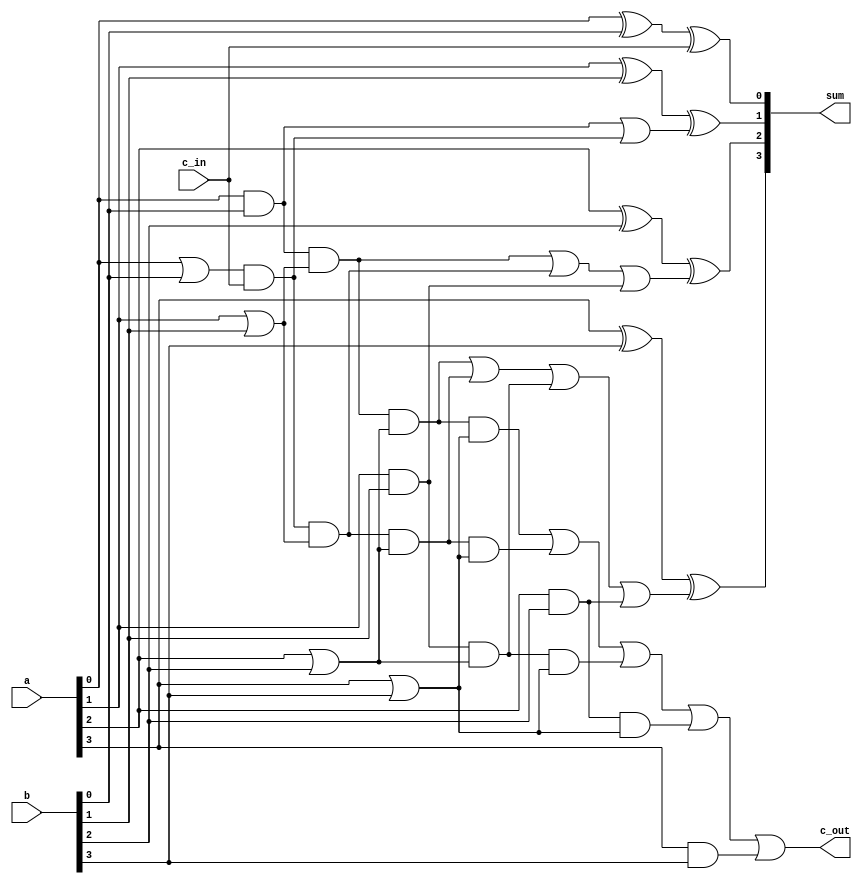
module carry_look_ahead_4bit(a,b,c_in,sum,c_out);
input [3:0] a,b;
input c_in;

output [3:0] sum;
output c_out;
//output g_out,p_out;

wire [3:0] g,p;
wire [2:0] c;

assign g[3:0] = {a[3]&b[3],a[2]&b[2],a[1]&b[1],a[0]&b[0]} ; 
assign p[3:0] = {a[3]|b[3],a[2]|b[2],a[1]|b[1],a[0]|b[0]} ;
assign c[0] = g[0] | (p[0]&c_in);
assign c[1] = (g[0]&p[1])|(p[0]&c_in&p[1])|g[1];
assign c[2] = (g[0]&p[1]&p[2])|(p[0]&c_in&p[1]&p[2])|(g[1]&p[2])|g[2];
assign c_out = (g[0]&p[1]&p[2]&p[3])|(p[0]&c_in&p[1]&p[2]&p[3])|(g[1]&p[2]&p[3])|(g[2]&p[3])|g[3];

assign sum = {a[3]^b[3]^c[2],a[2]^b[2]^c[1],a[1]^b[1]^c[0],a[0]^b[0]^c_in};
endmodule